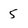
Character: 5